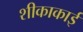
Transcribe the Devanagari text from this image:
शीकाकाई